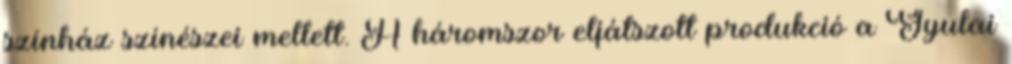
színház színészei mellett. A háromszor eljátszott produkció a Gyulai